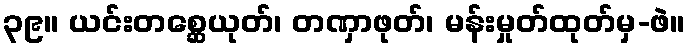
၃၉။ ယင်းတစ္ဆေယုတ်၊ တဏှာဖုတ်၊ မန်းမှုတ်ထုတ်မှ-ဖဲ။